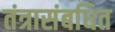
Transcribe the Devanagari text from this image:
तंत्रासंबधित